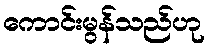
ကောင်းမွန်သည်ဟု